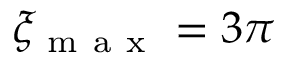
\xi _ { \mathrm { ~ m ~ a ~ x ~ } } = 3 \pi